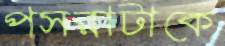
পসরাটাকে